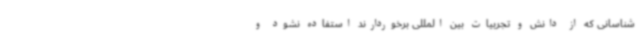
شناسانی که از دانش و تجربیات بین المللی برخوردارند استفاده نشود و